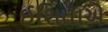
ઈશિતાએ